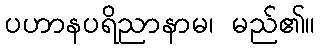
ပဟာနပရိညာနာမ၊ မည်၏။